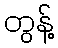
တွန့်